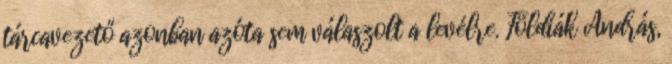
tárcavezető azonban azóta sem válaszolt a levélre. Földiák András,